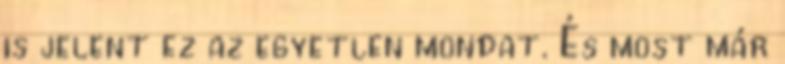
is jelent ez az egyetlen mondat. És most már